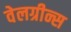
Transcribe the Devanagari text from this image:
वेलग्रीन्स